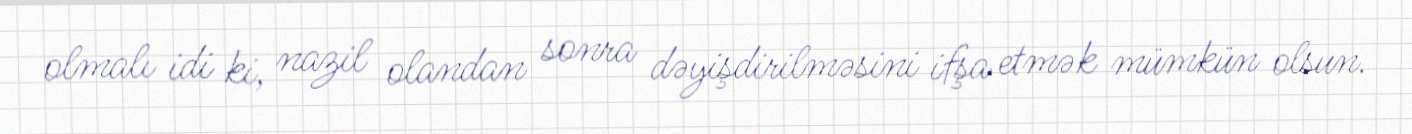
olmalı idi ki, nazil olandan sonra dəyişdirilməsini ifşa etmək mümkün olsun.